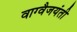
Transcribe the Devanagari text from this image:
वाग्वैजयंती